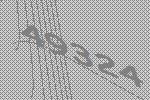
49324